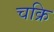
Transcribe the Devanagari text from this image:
चक्रि